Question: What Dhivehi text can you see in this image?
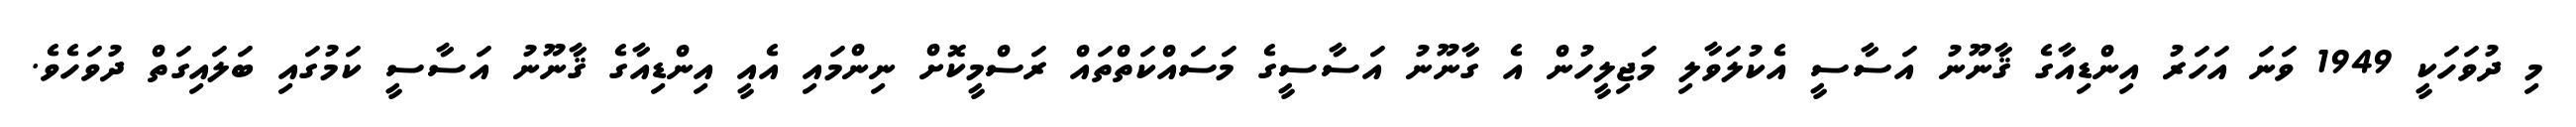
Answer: މި ދުވަހަކީ 1949 ވަނަ އަހަރު އިންޑިއާގެ ޤާނޫނު އަސާސީ އެކުލަވާލި މަޖިލީހުން އެ ގާނޫނު އަސާސީގެ މަސައްކަތްތައް ރަސްމީކޮށް ނިންމައި އެއީ އިންޑިއާގެ ޤާނޫނު އަސާސީ ކަމުގައި ބަލައިގަތް ދުވަހެވެ.